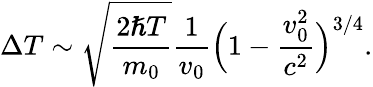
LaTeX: \Delta T\sim\sqrt{\frac{2\hslash T}{m_{0}}}\frac{1}{v_{0}}\Bigl(1-\frac{v_{0}^{2}}{c^{2}}\Bigr)^{3/4}.